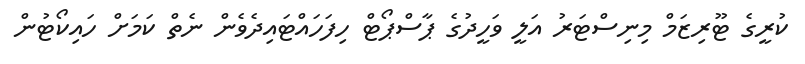
ކުރީގެ ޓޫރިޒަމް މިނިސްޓަރު އަލީ ވަހީދުގެ ޕާސްޕޯޓް ހިފަހައްޓައިދެވެން ނެތް ކަމަށް ހައިކޯޓުން